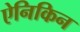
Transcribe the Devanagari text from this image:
ऐनिकिन